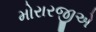
મોરારજીએ